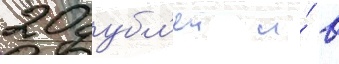
20 дубл'еи и́ в